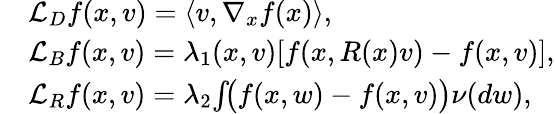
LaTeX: \begin{array}{rl}&{\mathcal{L}_{D}f(x,v)=\langle v,\nabla_{x}f(x)\rangle,}\\ &{\mathcal{L}_{B}f(x,v)=\lambda_{1}(x,v)[f(x,R(x)v)-f(x,v)],}\\ &{\mathcal{L}_{R}f(x,v)=\lambda_{2}\! \int\! \! \big(f(x,w)-f(x,v)\big)\nu(dw),}\end{array}